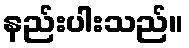
နည်းပါးသည်။